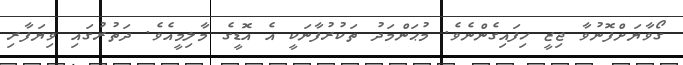
ގޯވާޔަށްފޮނުވާ ޖިޒީ ހިފައިގެންނެވެ. މުޙަންމަދު ތަކުރުފާނަކީ އެ އޮޑީގެ މާލިމީއެވެ. ދަތުރުގައި ވިޔަފާރި